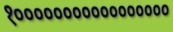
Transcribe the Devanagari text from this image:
१०००००००००००००००००